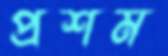
প্রশম